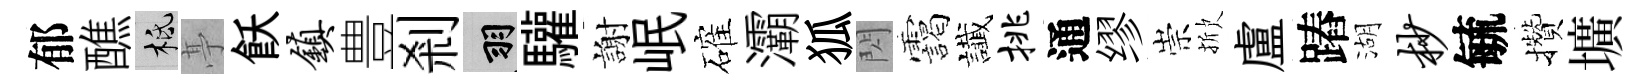
郁醮柢𠅘飫镇豊剎羽驩謝岷確灞狐閃靄䜟挑通缪崇掀盧蹖湖杪毓攢壙